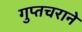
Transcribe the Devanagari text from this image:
गुप्तचराने